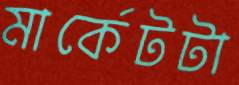
মার্কেটটা